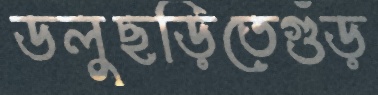
ডলুছড়িতেগুঁড়